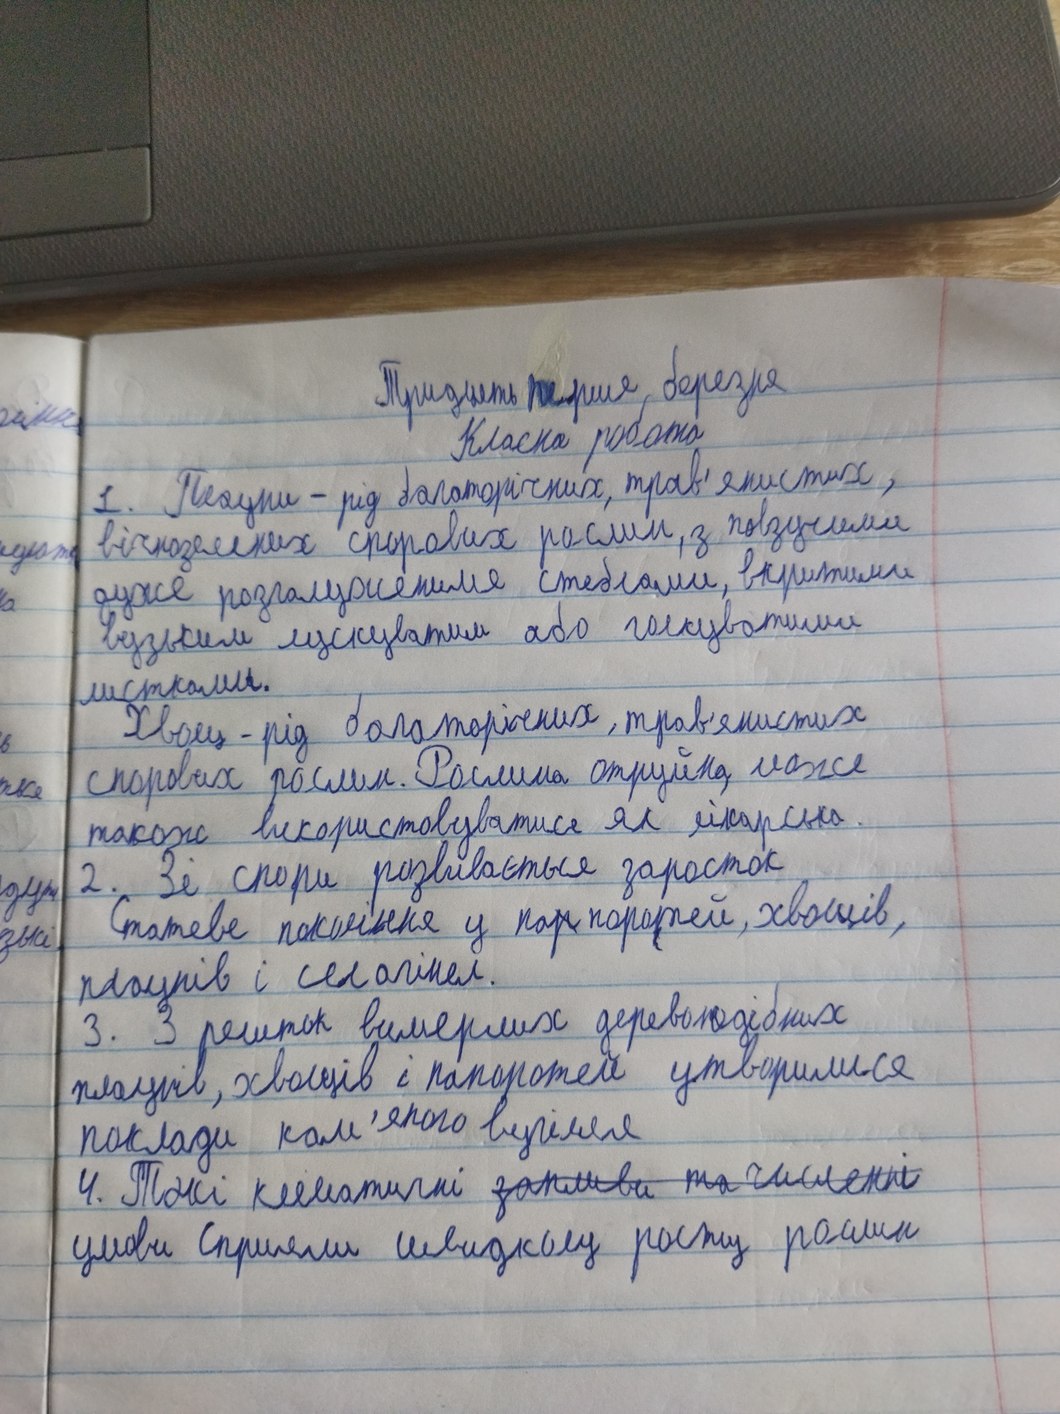
Тридцять перше березня
Класна робота
1. Плауни - рід багаторічних, трав'янистих,
вічнозелених спорових рослин, з повзучими
дуже розгалуженими стеблами, вкритими
вузьким лускуватим або голкуватими
листками.
Хвощ - рід багаторічних, трав'янистих
спорових рослин. Рослина отруйна, може
також використовуватися як лікарська.
2. Зі спори розвивається заросток
Статеве покоління у па~~р~~поротей, хвощів,
плаунів і селагінел.
3. З решток вимерлих деревоподібних
плаунів, хвощів і папоротей утворилися
поклади кам'яного вугілля
4. Такі кліматичні ~~запливи та численні~~
умови сприяли швидкому росту рослин